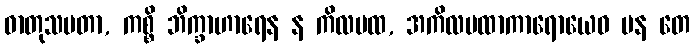
ဓာတုသမတာ, ကစ္စိ ဘိက္ခာဟာရေန န ကိလမထ, အကိလမထာကာရောယေဝ ပန တေ